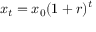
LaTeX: x _ { t } = x _ { 0 } ( 1 + r ) ^ { t }